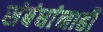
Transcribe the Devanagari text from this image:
संबंधांनाही